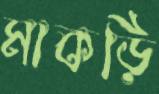
মাকড়ি